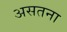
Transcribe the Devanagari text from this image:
असतना